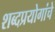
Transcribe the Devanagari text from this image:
शब्दप्रयोगांचे